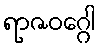
ရာဇဝဂ္ဂေါ